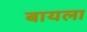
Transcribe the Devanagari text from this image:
बायला